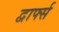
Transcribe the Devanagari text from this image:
द्वार्फ्स